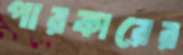
পারকারের